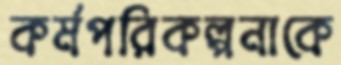
কর্মপরিকল্পনাকে